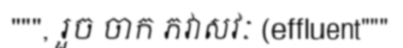
""", រួច ចាក ភវាសវៈ (effluent"""